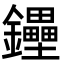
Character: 鑸